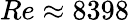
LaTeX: Re\approx 8398